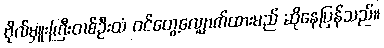
ဗိုလ်မှူးကြီးတစ်ဦးထံ ဝင်တွေ့လျှောက်ထားမည် ဆိုနေပြန်သည်။